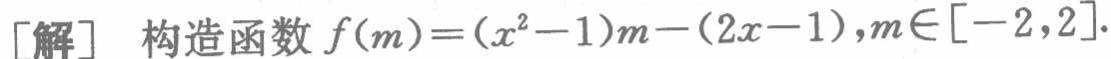
[解] 构造函数 \(f(m)=(x^{2}-1)m-(2x - 1),m\in[-2,2]\).